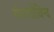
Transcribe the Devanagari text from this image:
गंगागोविन्द